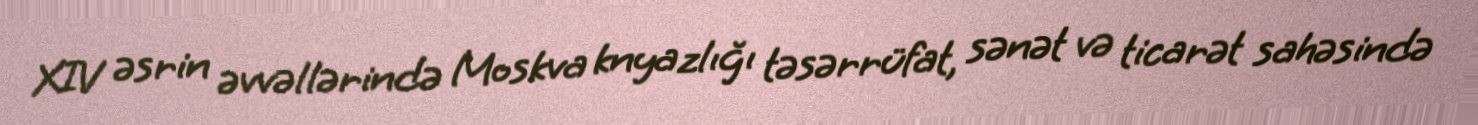
XIV əsrin əvvəllərində Moskva knyazlığı təsərrüfat, sənət və ticarət sahəsində